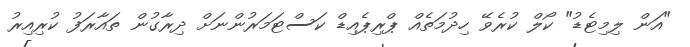
"އަން ލިމިޓެޑު" ކޯލް ކުރެވޭ ހިދުމަތެއް ޕްރިޕެއިޑް ކަސްޓަމަރުންނަށް ދިރާގުން ތައާރަފު ކުރިއިރު